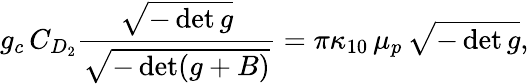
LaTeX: g_{c}\, C_{D_{2}}\frac{\sqrt{-\operatorname*{det}g}}{\sqrt{-\operatorname*{det}(g+B)}}=\pi\kappa_{10}\, \mu_{p}\, \sqrt{-\operatorname*{det}g},